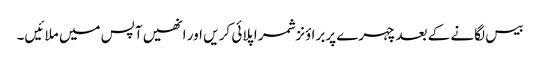
بیس لگانے کے بعدچہرے پربرا ؤنزشمر اپلائی کر یں اور انھیں آپس میں ملا ئیں۔